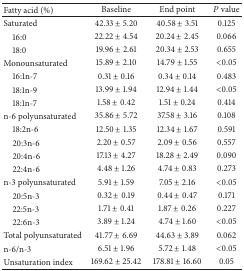
<table><thead><tr><td><b>Fatty acid (%)</b></td><td><b>Baseline</b></td><td><b>End point</b></td><td><b><i>P</i> value</b></td></tr></thead><tbody><tr><td>Saturated</td><td>42.33 ± 5.20</td><td>40.58 ± 3.51</td><td>0.125</td></tr><tr><td> 16:0</td><td>22.22 ± 4.54</td><td>20.24 ± 2.45</td><td>0.066</td></tr><tr><td> 18:0</td><td>19.96 ± 2.61</td><td>20.34 ± 2.53</td><td>0.655</td></tr><tr><td>Monounsaturated</td><td>15.89 ± 2.10</td><td>14.79 ± 1.55</td><td>&lt;0.05</td></tr><tr><td> 16:1n-7</td><td>0.31 ± 0.16</td><td>0.34 ± 0.14</td><td>0.483</td></tr><tr><td> 18:1n-9</td><td>13.99 ± 1.94</td><td>12.94 ± 1.44</td><td>&lt;0.05</td></tr><tr><td> 18:1n-7</td><td>1.58 ± 0.42</td><td>1.51 ± 0.24</td><td>0.414</td></tr><tr><td>n-6 polyunsaturated</td><td>35.86 ± 5.72</td><td>37.58 ± 3.16</td><td>0.108</td></tr><tr><td> 18:2n-6</td><td>12.50 ± 1.35</td><td>12.34 ± 1.67</td><td>0.591</td></tr><tr><td> 20:3n-6</td><td>2.20 ± 0.57</td><td>2.09 ± 0.56</td><td>0.557</td></tr><tr><td> 20:4n-6</td><td>17.13 ± 4.27</td><td>18.28 ± 2.49</td><td>0.090</td></tr><tr><td> 22:4n-6</td><td>4.48 ± 1.26</td><td>4.74 ± 0.83</td><td>0.273</td></tr><tr><td>n-3 polyunsaturated</td><td>5.91 ± 1.59</td><td>7.05 ± 2.16</td><td>&lt;0.05</td></tr><tr><td> 20:5n-3</td><td>0.32 ± 0.19</td><td>0.44 ± 0.47</td><td>0.171</td></tr><tr><td> 22:5n-3</td><td>1.71 ± 0.41</td><td>1.87 ± 0.26</td><td>0.227</td></tr><tr><td> 22:6n-3</td><td>3.89 ± 1.24</td><td>4.74 ± 1.60</td><td>&lt;0.05</td></tr><tr><td>Total polyunsaturated</td><td>41.77 ± 6.69</td><td>44.63 ± 3.89</td><td>0.062</td></tr><tr><td>n-6/n-3 </td><td>6.51 ± 1.96</td><td>5.72 ± 1.48</td><td>&lt;0.05</td></tr><tr><td>Unsaturation index</td><td>169.62 ± 25.42</td><td>178.81 ± 16.60</td><td>0.05</td></tr></tbody></table>